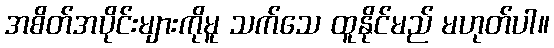
အစိတ်အပိုင်းများကိုမူ သက်သေ ထူနိုင်မည် မဟုတ်ပါ။